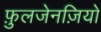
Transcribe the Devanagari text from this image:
फ़ुलजेनज़ियो